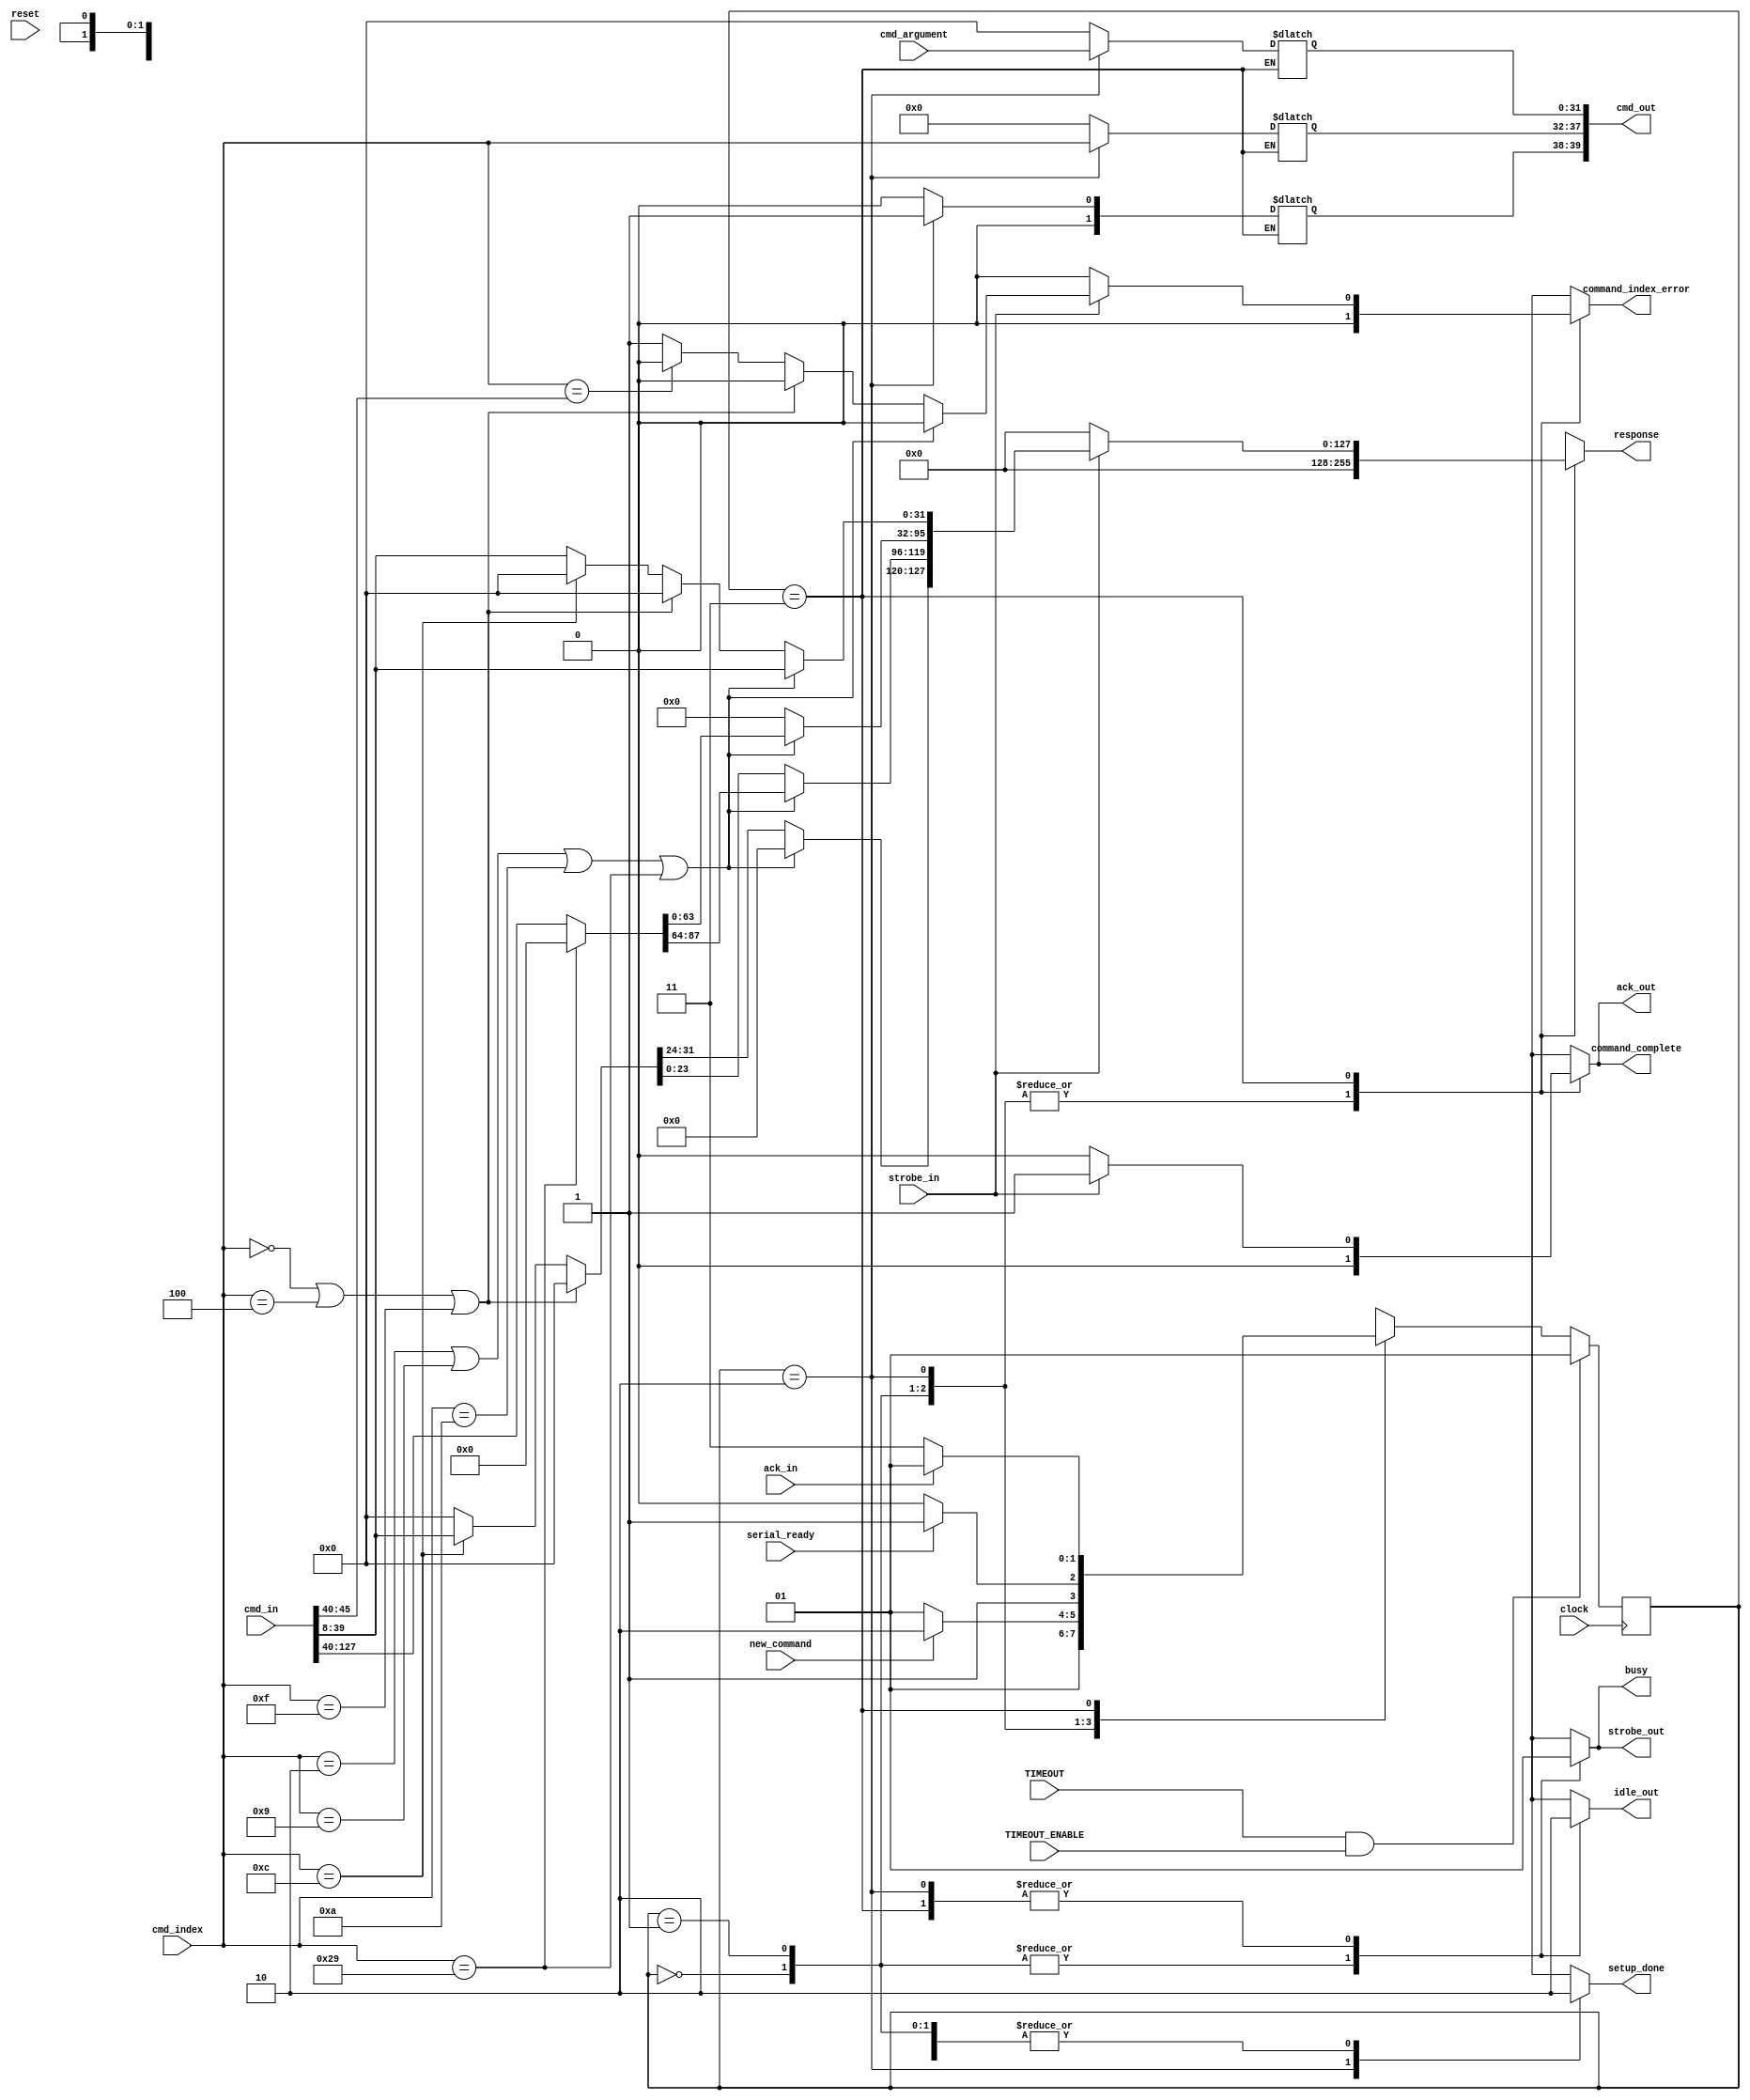
module cmd_controller(

	// Inputs from host 
	input wire clock,
	input wire reset,
	input wire new_command,
	input wire [31:0] cmd_argument,
	input wire [5:0] cmd_index,	//depending of command index response shouldbe of different size
		input wire TIMEOUT_ENABLE,
	// Input from physical layer
	input wire ack_in,
	input wire strobe_in,
	input wire [135:0] cmd_in, // 
	input wire TIMEOUT,
	input wire serial_ready,
	//input wire serial_ready,
	//need to add a singal for transmission complete will require a new state
	// Outputs to host
	output reg busy,
	output reg setup_done,
	output reg [127:0]response,
	output reg command_complete,
	//output reg command_timeout,
	//output reg command_timeout,
	output reg command_index_error,
	//Outputs to physical layer
	output reg strobe_out,
	output reg ack_out,
	output reg idle_out,
	output reg [39:0] cmd_out//physical layer
	
);

// registers
parameter SIZE = 2;
reg [SIZE-1:0] state;
reg [SIZE-1:0] next_state;
reg [31:0] count;
parameter RESET= 2'd0; 
parameter IDLE   =  2'd1;
parameter SETTING_OUTPUTS   =  2'd2;
parameter PROCESSING  =  2'd3;
wire stop_timeout=TIMEOUT && TIMEOUT_ENABLE;

always @ ( * )
begin 
 case(state)
 RESET:
		begin
			next_state=IDLE;
		end
 IDLE:   begin
      if (new_command) begin
          next_state = SETTING_OUTPUTS;
      end     
      else begin
         next_state = IDLE;
      end   
 end       
 SETTING_OUTPUTS:begin
    if (serial_ready )             
       next_state = PROCESSING;  
     else   
			next_state = SETTING_OUTPUTS;
 
   end  
 PROCESSING:    begin
       if (ack_in ) begin
          next_state = IDLE;
      end     
      else begin
         next_state = PROCESSING;
      end
 end       
   
  
 default : next_state  = RESET;
 
 endcase 
    
end





always @(* )
	begin
		case(state)
		
				RESET:
					begin
						busy=1'b0;
						response=32'b0;
						strobe_out=1'b0;
						ack_out=1'b0;
						cmd_out=39'b0;
						command_complete=1'b0;
						command_index_error=1'b0;
						idle_out=1'b1;
						setup_done=1'b0;
						count=32'b0;
					end
				IDLE:	
					begin
						busy=1'b0;
						response=32'b0;
						strobe_out=1'b0;
						ack_out=1'b0;
						cmd_out=39'b0;
						command_complete=1'b0;
						command_index_error=1'b0;
						idle_out=1'b1;
						setup_done=1'b0;
						count=32'b0;
					end
				SETTING_OUTPUTS:
					begin
						strobe_out=1'b1;
						cmd_out[39:38]=2'b01;         
						cmd_out[37:32]=cmd_index;
						cmd_out[31:0]= cmd_argument;
						busy=1'b1;
						response=32'b0;
						ack_out=1'b0;
						idle_out=1'b0;
						setup_done=1'b1;
						command_complete=1'b0;
						command_index_error=1'b0;
						count=32'b0;
					end
				PROCESSING:
					begin
						cmd_out=cmd_out;
						command_complete=1'b0;
						command_index_error=1'b0;
						busy=1'b1;
						strobe_out=1'b1;
						idle_out=1'b0;
						response=32'b0;
						setup_done=1'b0;
						ack_out=1'b0;   //long responses 2 9 10 // no response 0 4 15 // no check index 41S 
							if(strobe_in)
								begin
									command_complete=1'b1;
									ack_out=1'b1;
									if(cmd_index==6'd2 || cmd_index==6'd9 || cmd_index==6'd10 || cmd_index==6'd41)
										begin
											if(cmd_index==6'd41)
												begin
													response[31:0]=cmd_in[39:8]; 
												end
											else
												begin
													response[119:0]=cmd_in[127:8];
												end
				
										end
								   else
										begin
											if(cmd_index==6'd0 || cmd_index==6'd4 || cmd_index==6'd15 )
												begin
												command_index_error=1'b0;
												end
											else
												begin
													if(cmd_index==cmd_in[45:40])
														begin
															if(cmd_index==6'd12)
																begin
																response[127:96]=cmd_in[39:8];
																end
															else
																begin
																response[31:0]=cmd_in[39:8];
																end
															
															command_index_error=1'b0;
														end
													else
														begin
															if(cmd_index==6'd12)
																begin
																response[127:96]=cmd_in[39:8];
																end
															else
																begin
																response[31:0]=cmd_in[39:8];
																end
															command_index_error=1'b1;
														end	
												end
										end
								end
							else 
								begin
									ack_out=1'b0;
								end
				end
		default:
		
		
		busy=1'b0;
		endcase
end	




always @ (posedge clock  )
	begin 
		if (reset) 
			begin
				state <=  RESET;
			end 
		else 
			begin
				state <=  next_state;
		end
		if(stop_timeout)
			begin
				state<=IDLE;
			end
		else
			begin
				state<=next_state;
			end
	end	

endmodule